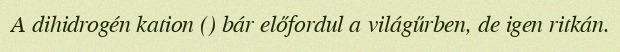
A dihidrogén kation () bár előfordul a világűrben, de igen ritkán.